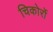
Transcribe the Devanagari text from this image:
चिकोर्रो